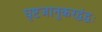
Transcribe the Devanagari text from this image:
घृष्टजानुकरद्वंद्वः